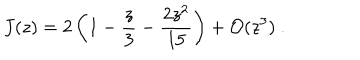
J ( z ) = 2 \left( 1 - \frac { z } { 3 } - \frac { 2 z ^ { 2 } } { 1 5 } \right) + { \cal O } ( z ^ { 3 } ) \ .